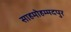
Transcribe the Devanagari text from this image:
साहमोहम्मदपुर